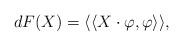
LaTeX: \begin{align*}dF(X) = \langle\langle X \cdot \varphi , \varphi \rangle\rangle,\end{align*}